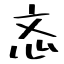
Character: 忞